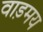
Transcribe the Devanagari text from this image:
वाड़मय